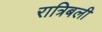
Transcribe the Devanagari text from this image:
रात्रिबली